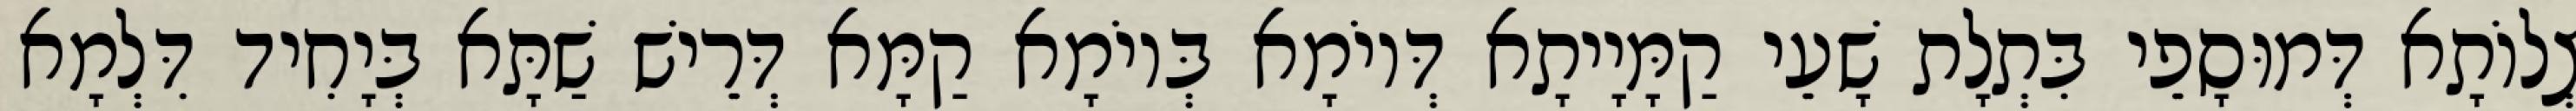
צְלוֹתָא דְּמוּסָפֵי בִּתְלָת שָׁעֵי קַמָּיָיתָא דְּיוֹמָא בְּיוֹמָא קַמָּא דְּרֵישׁ שַׁתָּא בְּיָחִיד דִּלְמָא